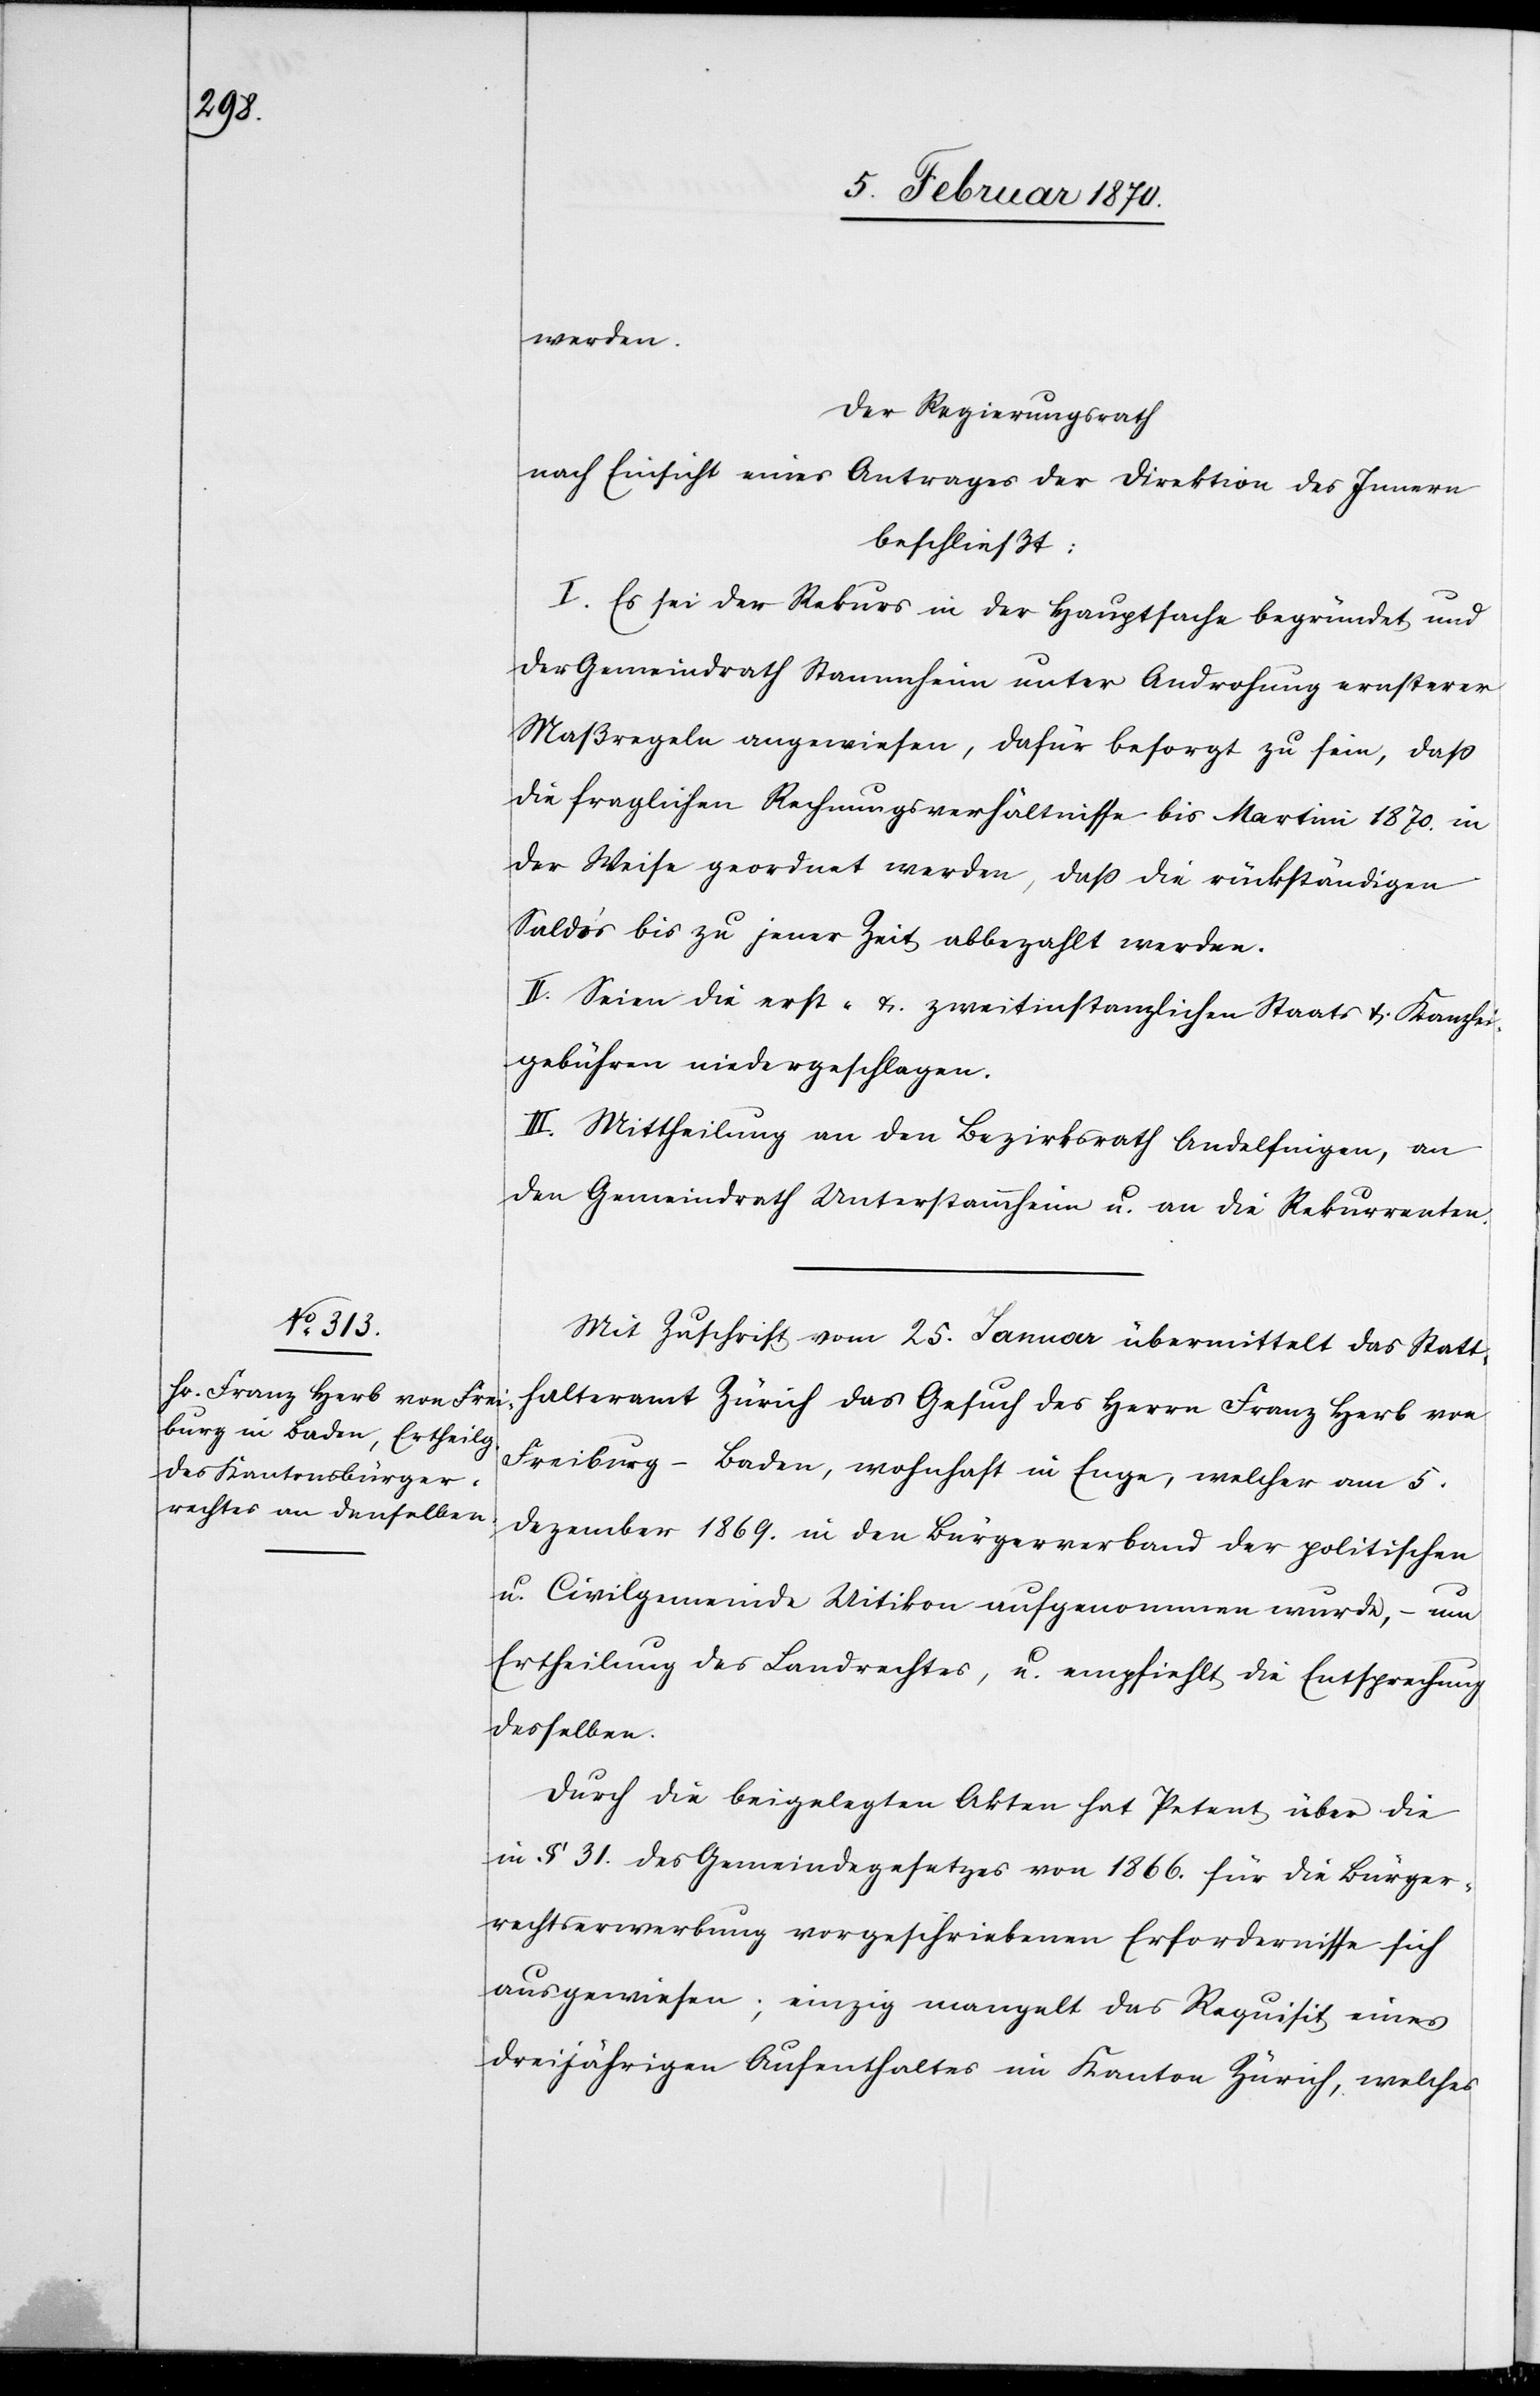
werden.
Der Regierungsrath
nach Einsicht eines Antrages der Direktion des Innern
beschließt:
I. Es sei der Rekurs in der Hauptsache begründet und
der Gemeindrath Stammheim unter Androhung ernsterer
Maßregeln angewiesen, dafür besorgt zu sein, dass
die fraglichen Rechnungsverhältnisse bis Martini 1870. in
der Weise geordnet werden, dass die rückständigen
Saldoʼs bis zu jener Zeit abbezahlt werden.
II. Seien die erst- & zweitinstanzlichen Staats[-] & Kanzlei¬
gebühren niedergeschlagen.
III. Mittheilung an den Bezirksrath Andelfingen, an
den Gemeindrath Unterstammheim u. an die Rekurrenten.
Mit Zuschrift vom 25. Januar übermittelt das Statt¬
halteramt Zürich das Gesuch des Herrn Franz Herb von
Freiburg-Baden, wohnhaft in Enge, welcher am 5.
Dezember 1869. in den Bürgerverband der politischen
u. Civilgemeinde Uitikon aufgenommen wurde, – um
Ertheilung des Landrechtes, u. empfiehlt die Entsprechung
desselben.
Durch die beigelegten Akten hat Petent über die
in § 31. des Gemeindgesetzes von 1866. für die Bürger¬
rechtserwerbung vorgeschriebenen Erfordernisse sich
ausgewiesen; einzig mangelt das Requisit eines
dreijährigen Aufenthaltes im Kanton Zürich, welches